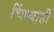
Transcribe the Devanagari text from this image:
चिंध्याही